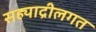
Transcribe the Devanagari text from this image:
सह्याद्रीलगत